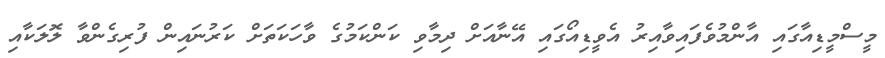
މީސްމީޑިއާގައި އާންމުވެފައިވާއިރު އެވީޑިއޯގައި އޭނާއަށް ދިމާވި ކަންކަމުގެ ވާހަކަތަށް ކަރުނައިން ފުރިގެންވާ ލޮލަކާއި